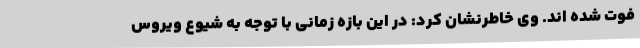
فوت شده اند. وی خاطرنشان کرد: در این بازه زمانی با توجه به شیوع ویروس